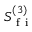
S _ { \mathrm { ~ f ~ i ~ } } ^ { ( 3 ) }